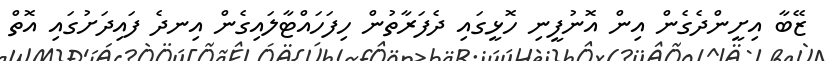
ޒޭބާ އިށީންދެގެން އިން އޮނުފީނި ހޮޅީގައި ދެފަރާތުން ހިފަހައްޓާލައިގެން އިނދެ ފައިދަށުގައި އޮތް